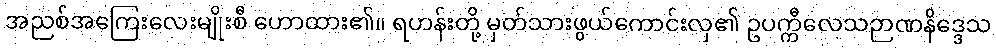
အညစ်အကြေးလေးမျိုးစီ ဟောထား၏။ ရဟန်းတို့ မှတ်သားဖွယ်ကောင်းလှ၏ ဥပက္ကီလေသဉာဏနိဒ္ဒေသ